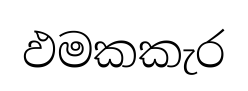
ඵමකකැර